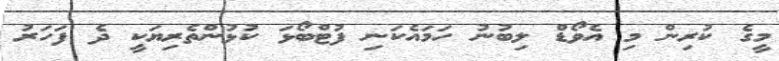
މީގެ ކުރިން މި އެވޯޑް ލިބުނު ހަމައެކަނި ފުޓްބޯޅަ ކުޅުންތެރިޔަކީ ދެ ފަހަރު